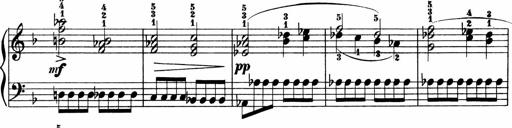
Title: 2 instructive Sonatinen
Composer: Paul Schumacher